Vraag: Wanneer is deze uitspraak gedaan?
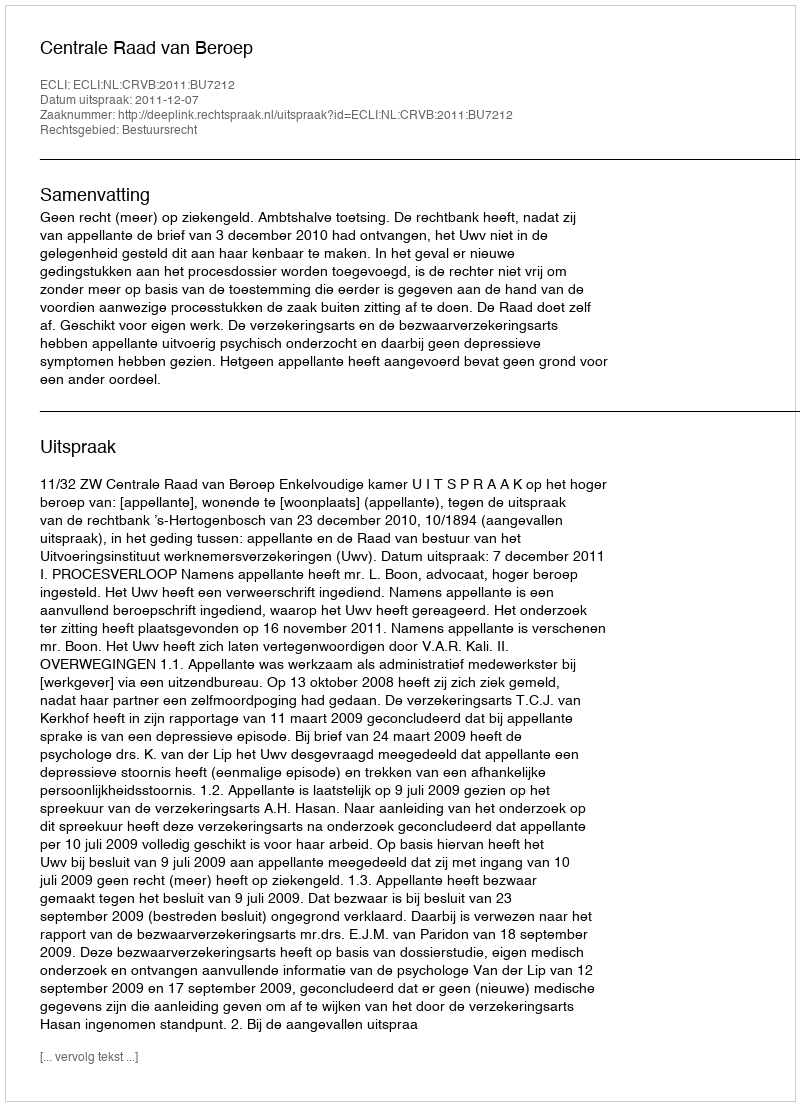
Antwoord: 2011-12-07